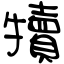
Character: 犢